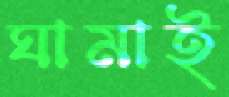
ঘামাই